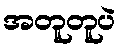
အတူတူပဲ